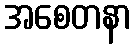
အစေတနာ